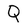
Character: Q